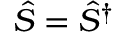
\hat { S } = \hat { S } ^ { \dagger }